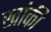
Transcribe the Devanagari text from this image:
खांकी